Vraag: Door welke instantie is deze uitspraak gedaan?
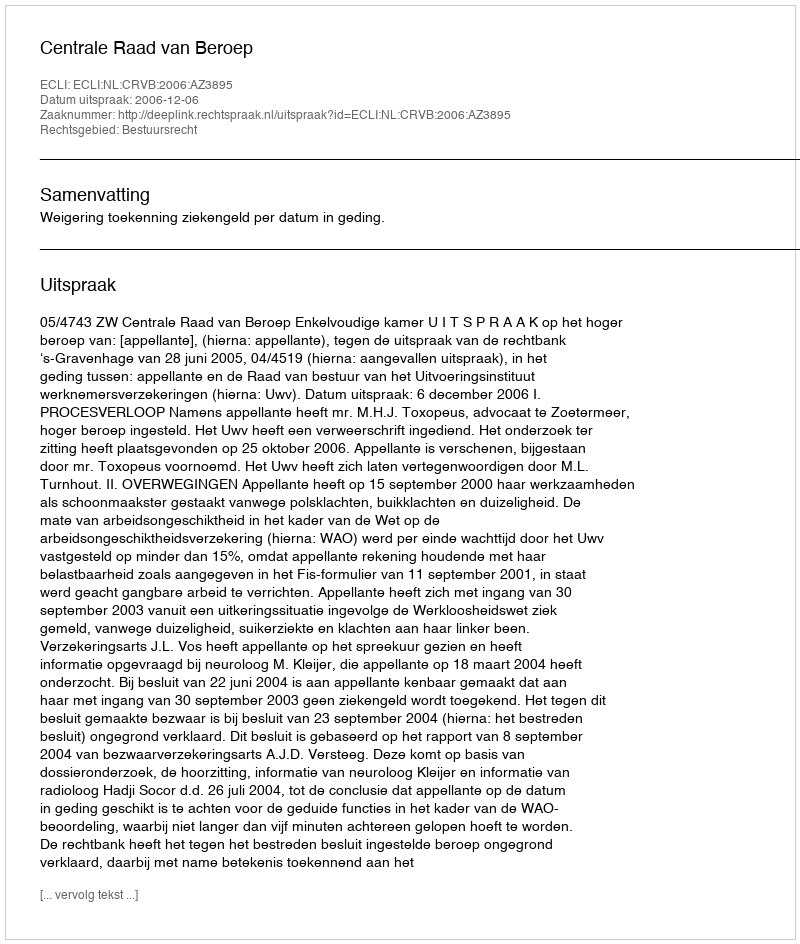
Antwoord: Centrale Raad van Beroep